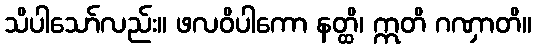
သိပါသော်လည်း။ ဖလဝိပါကော နတ္ထိ၊ ဣတိ ဂဏှာတိ။